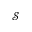
\mathcal { S }